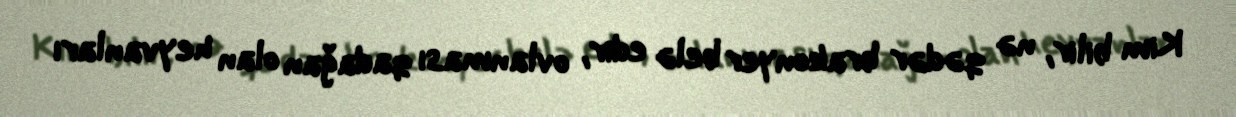
Kim bilir, nə qədər brakonyer belə edir, ovlanması qadağan olan heyvanları